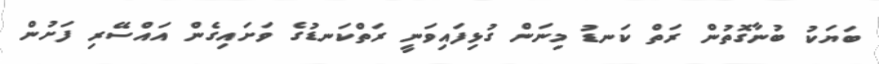
ބަޔަކު ބުނާގޮތުން ރަތް ކަނޑު މިނަން ގުޅިފައިވަނީ ރަތްކަނޑުގެ ވަށައިގެން އައްސޭރި ފަށުން